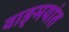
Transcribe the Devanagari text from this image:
वाङ्‌मयांत